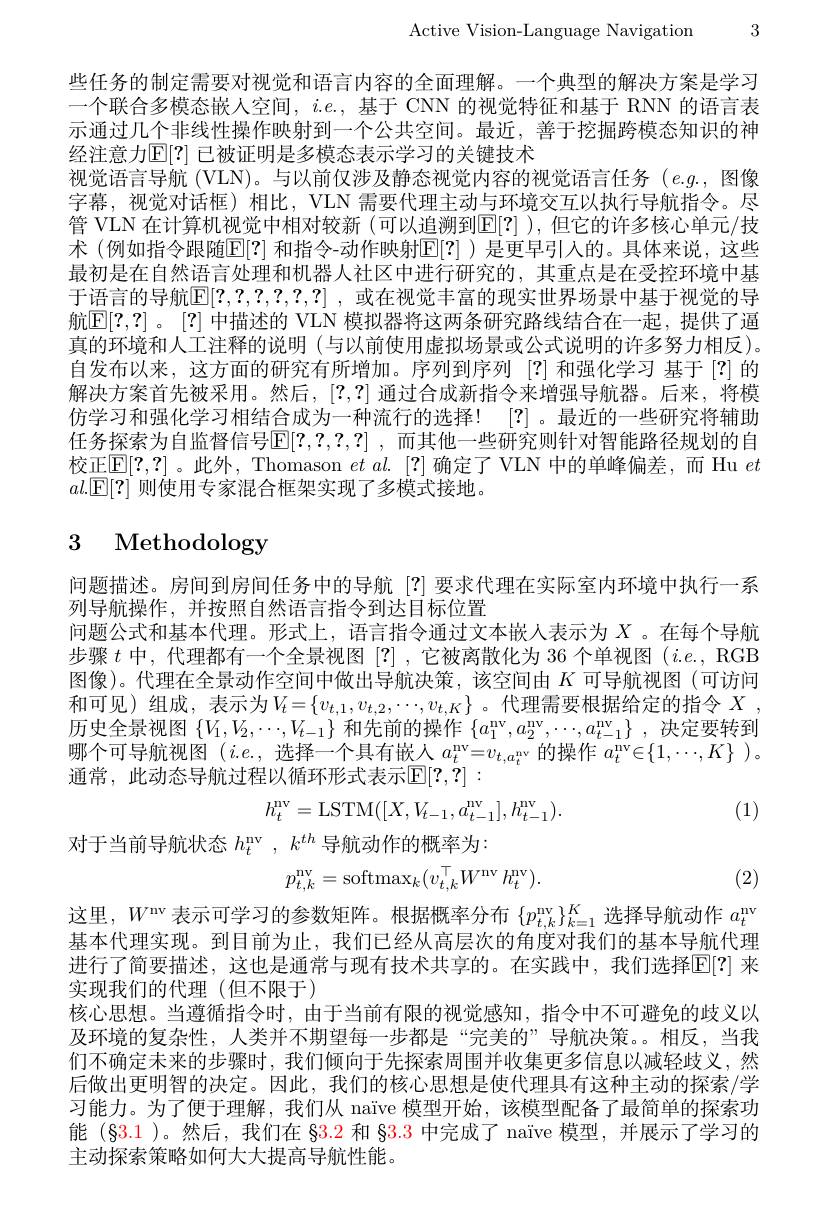
Active Vision-Language Navigation 3

些任务的制定需要对视觉和语言内容的全面理解。一个典型的解决方案是学习一个联合多模态嵌人空间，$i.e.$,基于 CNN 的视觉特征和基于 RNN 的语言表示通过几个非线性操作映射到一个公共空间。最近，善于挖掘跨模态知识的神经注意力$\mathbb{E}[?]$ 已被证明是多模态表示学习的关键技术
视觉语言导航 (VLN)。与以前仅涉及静态视觉内容的视觉语言任务$(e.g.$,图像字幕，视觉对话框)相比，VLN 需要代理主动与环境交互以执行导航指令。尽管 VLN 在计算机视觉中相对较新 (可以追溯到$\mathbb{E}[?]$ ),但它的许多核心单元/技术(例如指令跟随$\overline{\mathbb{E}}|?|$ 和指令-动作映射$\mathbb{E}[?]$ )是更早引人的。具体来说，这些最初是在自然语言处理和机器人社区中进行研究的，其重点是在受控环境中基于语言的导航$\mathbb{E}[?,?,?,?,?,?]$ ,或在视觉丰富的现实世界场景中基于视觉的导航$\mathbb{E}[?,?]$。[?] 中描述的 VLN 模拟器将这两条研究路线结合在一起，提供了逼真的环境和人工注释的说明 (与以前使用虚拟场景或公式说明的许多努力相反)。自发布以来，这方面的研究有所增加。序列到序列[?]和强化学习 基于[?]的解决方案首先被采用。然后，[?,?]通过合成新指令来增强导航器。后来，将模仿学习和强化学习相结合成为一种流行的选择！[?] 。最近的一些研究将辅助任务探索为自监督信号$\mathbb{E}[?,?,?,?]$ ,而其他一些研究则针对智能路径规划的自校正$\mathbb{E}[?,?]$ 。此外 , Thomason $et\textit{al. [ ? }]$ 确定了 VLN 中的单峰偏差，而 Hu $et$ $al.\underline{\mathrm{E}}[?]$则使用专家混合框架实现了多模式接地。

# 3 Methodology

问题描述。房间到房间任务中的导航[?]要求代理在实际室内环境中执行一系
列导航操作，并按照自然语言指令到达目标位置
问题公式和基本代理。形式上，语言指令通过文本嵌人表示为$X$。在每个导航步骤$t$中，代理都有一个全景视图[?] ,它被离散化为 36 个单视图$(i.e.$, RGB 图像)。代理在全景动作空间中做出导航决策，该空间由$K$可导航视图(可访问和可见)组成，表示为$V_t=\{v_{t,1},v_{t,2},\cdots,v_{t,K}\}$。代理需要根据给定的指令 $X$, 历史全景视图$\{V_1,V_2,\cdots,V_{t-1}\}$和先前的操作$\{a_1^\mathrm{nv},a_2^\mathrm{nv},\cdots,a_{t-1}^\mathrm{nv}\}$,决定要转到哪个可导航视图$(i.e.$,选择一个具有嵌人$a_t^\mathrm{nv}=v_{t,a_t^\mathrm{nv}}$的操作$a_t^\mathrm{nv}\in\{1,\cdots,K\}$ )。通常，此动态导航过程以循环形式表示$[\mathbb{E}[?,?]:$
(1)
$$h_t^{\mathrm{nv}}=\mathrm{LSTM}([X,V_{t-1},a_{t-1}^{\mathrm{nv}}],h_{t-1}^{\mathrm{nv}}).$$
对于当前导航状态$h_t^\mathrm{nv},k^{th}$导航动作的概率为：
(2)
$$p_{t,k}^{\mathrm{nv}}=\mathrm{softmax}_{k}(v_{t,k}^{\top}W^{\mathrm{nv}}\:h_{t}^{\mathrm{nv}}).$$
这里，$W^\mathrm{nv}$表示可学习的参数矩阵。根据概率分布$\{p_{t,k}^\mathrm{nv}\}_{k=1}^K$选择导航动作$a_t^\mathrm{nv}$ 基本代理实现。到目前为止，我们已经从高层次的角度对我们的基本导航代理进行了简要描述，这也是通常与现有技术共享的。在实践中，我们选择$\mathbb{E}[?]$ 来实现我们的代理(但不限于)
核心思想。当遵循指令时，由于当前有限的视觉感知，指令中不可避免的歧义以及环境的复杂性，人类并不期望每一步都是“完美的”导航决策。。相反，当我们不确定未来的步骤时，我们倾向于先探索周围并收集更多信息以减轻歧义，然后做出更明智的决定。因此，我们的核心思想是使代理具有这种主动的探索/学习能力。为了便于理解，我们从 naïve 模型开始，该模型配备了最简单的探索功能(§3.1)。然后，我们在$\color{red}{83.2}$和$\color{red}{83.3}$中完成了 naïve 模型，并展示了学习的主动探索策略如何大大提高导航性能。